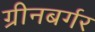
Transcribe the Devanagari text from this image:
ग्रीनबर्गर